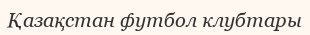
Қазақстан футбол клубтары